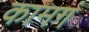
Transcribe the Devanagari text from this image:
कामगं